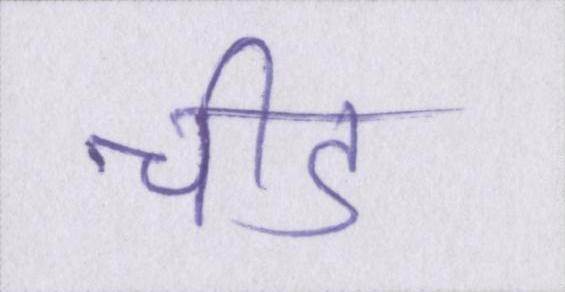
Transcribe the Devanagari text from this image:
चीड